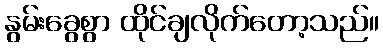
နွမ်းခွေစွာ ထိုင်ချလိုက်တော့သည်။